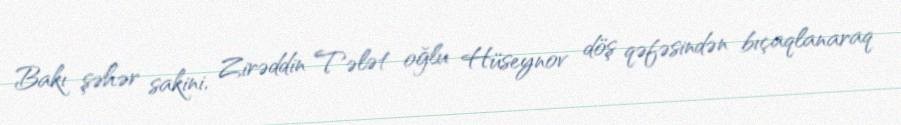
Bakı şəhər sakini, Zirəddin Tələt oğlu Hüseynov döş qəfəsindən bıçaqlanaraq